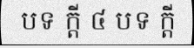
បទ ក្តី ៤ បទ ក្តី